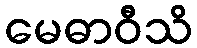
မေဓာဝီသိ